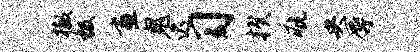
撤极画鬼迟习揆疵央辱